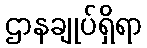
ဌာနချုပ်ရှိရာ